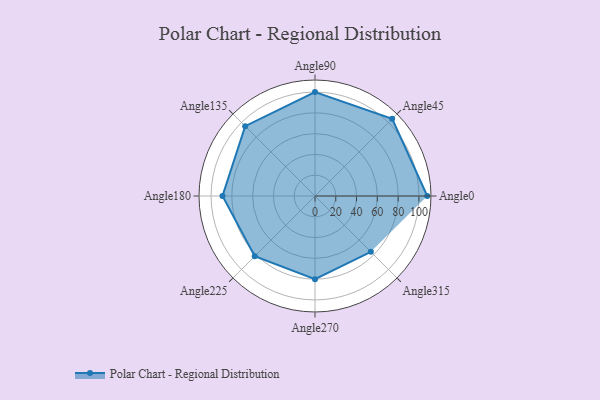
{"axis": {"x": "Angle", "y": "Radius"}, "legend": [""], "data": [{"x": "Angle0", "y": 108.0, "type": ""}, {"x": "Angle45", "y": 105.0, "type": ""}, {"x": "Angle90", "y": 100.0, "type": ""}, {"x": "Angle135", "y": 95.0, "type": ""}, {"x": "Angle180", "y": 89.0, "type": ""}, {"x": "Angle225", "y": 82.0, "type": ""}, {"x": "Angle270", "y": 80.0, "type": ""}, {"x": "Angle315", "y": 76.0, "type": ""}]}